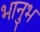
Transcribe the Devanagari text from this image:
भानुभ